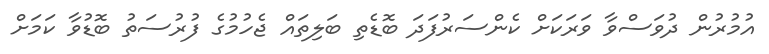
އުމުރުން ދުވަސްވާ ވަރަކަށް ކެންސަރުފަދަ ބޮޑެތި ބަލިތައް ޖެހުމުގެ ފުރުސަތު ބޮޑުވާ ކަމަށް